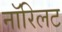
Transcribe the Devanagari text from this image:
नॉरिलट